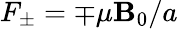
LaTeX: F_{\pm}=\mp\mu\mathbf{B}_{0}/a